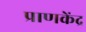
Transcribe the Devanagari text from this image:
प्राणकेंद्र